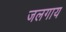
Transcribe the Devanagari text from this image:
जलगाय